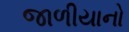
જાળીયાનો